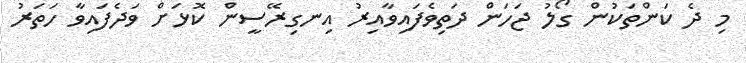
މި ދެ ކަންތަކުން ގޯލު ޖަހަން ދަތިވެފައިވާއިރު އިނގިރޭސީން ކޮޅަށް ވަދެފައިވާ ހަތަރު